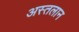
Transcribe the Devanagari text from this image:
अस्तलान